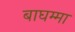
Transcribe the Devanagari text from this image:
बाघम्मा